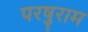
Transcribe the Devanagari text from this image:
परषुराम